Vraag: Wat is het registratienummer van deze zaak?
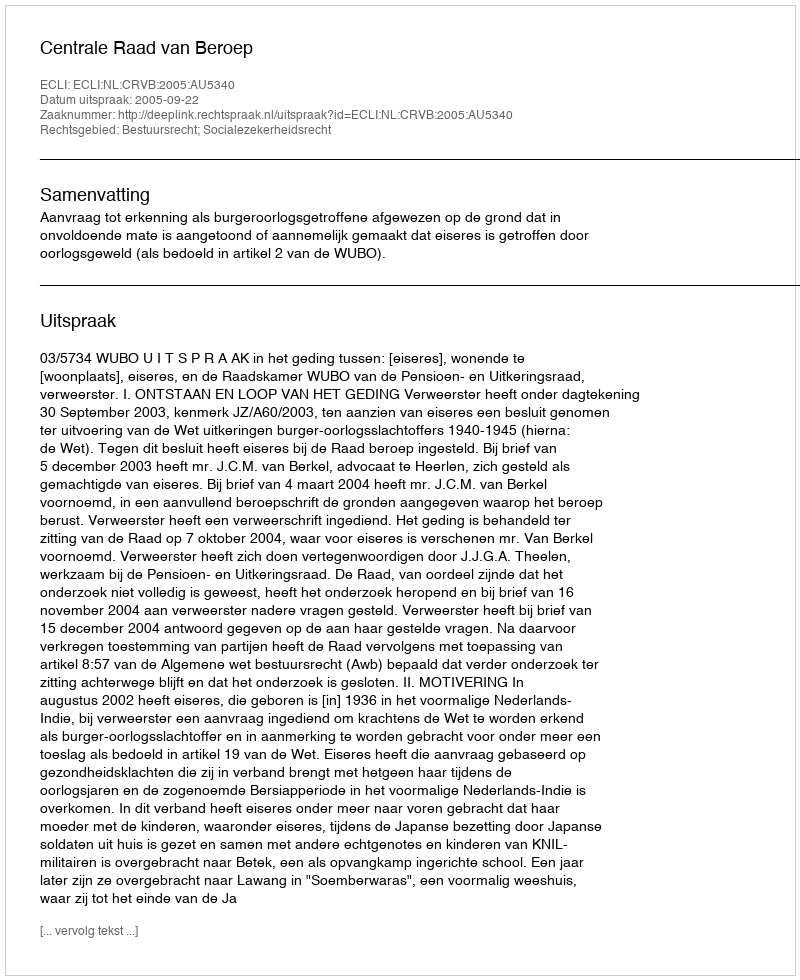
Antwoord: http://deeplink.rechtspraak.nl/uitspraak?id=ECLI:NL:CRVB:2005:AU5340